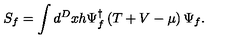
S _ { f } = \int d ^ { D } x h \Psi _ { f } ^ { \dagger } \left( T + V - \mu \right) \Psi _ { f } .